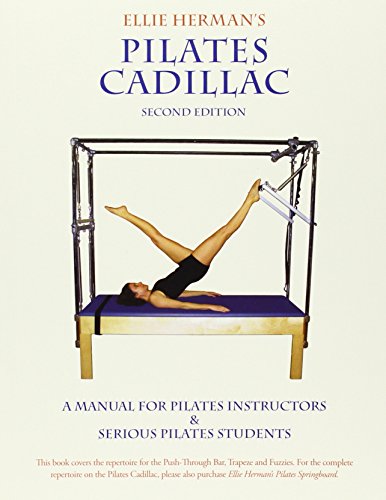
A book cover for Ellie Herman's Pilates Cadillac; Ellie Herman; Health, Fitness & Dieting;